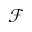
\mathcal { F }